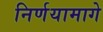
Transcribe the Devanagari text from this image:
निर्णयामागे